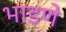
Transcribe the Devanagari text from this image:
भाडणे